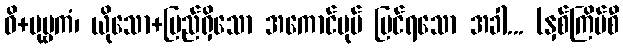
ဝိ+ပုဗ္ဗကံ၊ ယိုသော+ပြည်ရှိသော အကောင်ပုပ် မြင်ရသော အခါ... (နှစ်ကြိမ်စီ